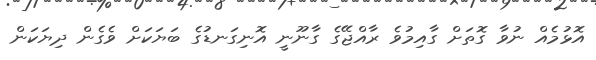
އޮޅުމެއް ނުވާ ގޮތަށް ގާއިމުވެ ރާއްޖޭގެ ގާނޫނީ އޮނިގަނޑުގެ ބަޔަކަށް ވެގެން ދިޔަކަން